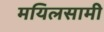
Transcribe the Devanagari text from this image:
मयिलसामी